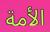
الأمة